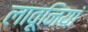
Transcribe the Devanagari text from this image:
लावूनियां